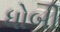
ધોબી